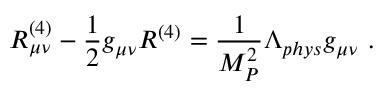
R _ { \mu \nu } ^ { ( 4 ) } - \frac { 1 } { 2 } g _ { \mu \nu } R ^ { ( 4 ) } = \frac { 1 } { M _ { P } ^ { 2 } } \Lambda _ { p h y s } g _ { \mu \nu } ~ .